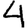
Digit: 4